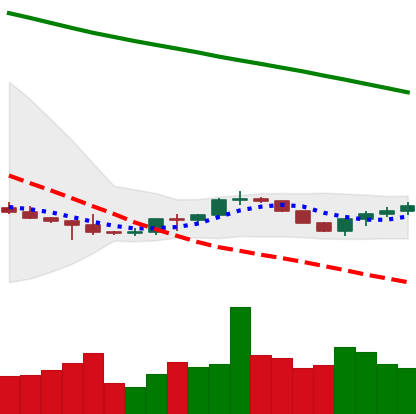
Ticker: BTC-USD
Chart end date: 2022-07-16
Forward return: 9.317%
Label: up_7plus